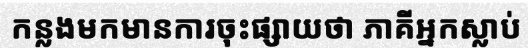
កន្លងមកមានការចុះផ្សាយថា ភាគីអ្នកស្លាប់